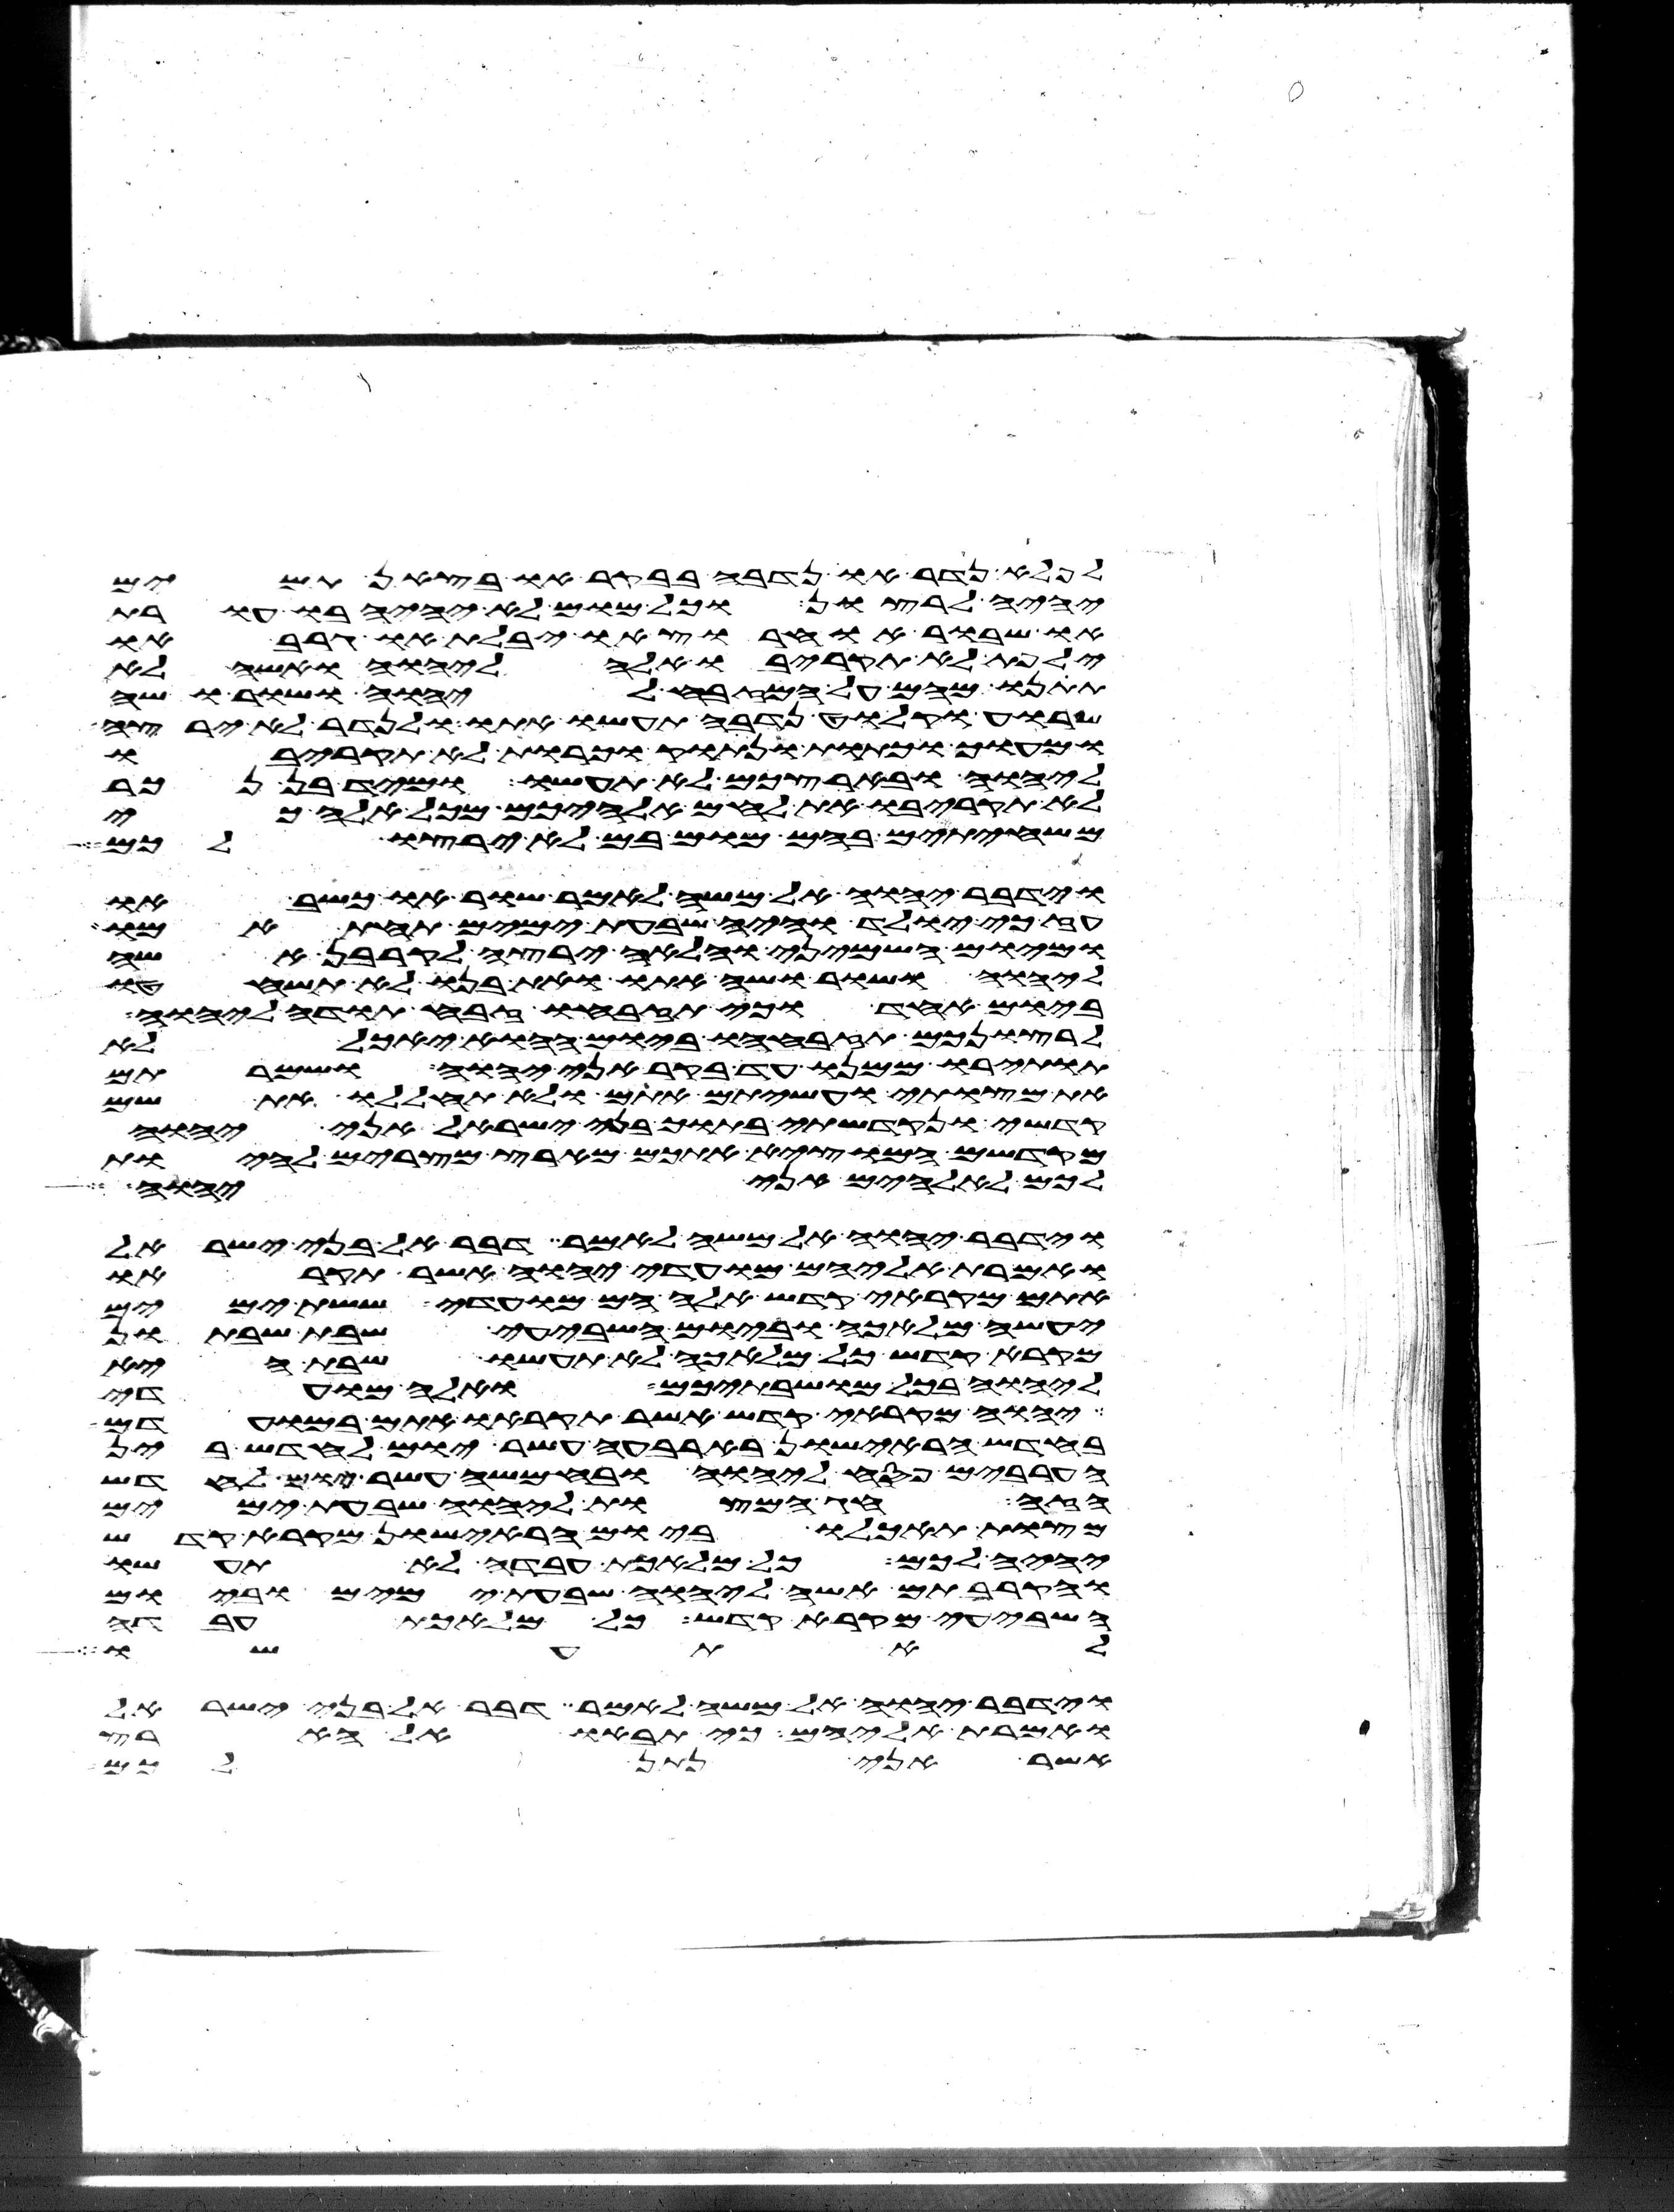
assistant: לפלא נדר או נדבה בבקר או בצאן תמים
יהיה לרצון וכל מום לא יהיה בו עורת
או שבור או חרוץ או יבלת או גרב או
ילפת לא תקריבו אלה ליהוה ואשה לא
תתנו מהם על המזבח ליהוה ושור ושה
שרוע וקלוט נדבה תעשו אתו ולנדר לא ירצה
ומעוך וכתות ונתוק וכרות לא תקריבו
ליהוה ובארצכם לא תעשו ומיד בן נכר
לא תקריבו את לחם אלהיכם מכל אלה כי
משחיתים בהם מום בם לא ירצו לכם
וידבר יהוה אל משה לאמר שור או כשב או
עז כי יולד והיה שבעת ימים תחת אמו
ומיום השמיני והלאה ירצה לקרבן אשה
ליהוה ושור ושה אתו ואת בנו לא תשחטו
ביום אחד וכי תזבחו זבח תודה ליהוה
לרצונכם תזבחהו ביום ההוא יאכל לא
תותירו ממנו עד בקר אני יהוה ושמרתם
את מצותי ועשיתם אתם ולא תחללו את שם
קדשי ונקדשתי בתוך בני ישראל אני יהוה
מקדשם המוצא אתכם מארץ מצרים להיות
לכם לאלהים אני יהוה
וידבר יהוה אל משה לאמר דבר אל בני ישראל
ואמרת אליהם מועדי יהוה אשר תקראו
אתם מקראי קדש אלה הם מועדי ששת ימים
יעשה מלאכה וביום השביעי שבת שבתון
מקרא קדש כל מלאכה לא תעשו שבת היא
ליהוה בכל מושבתיכם ואלה מועדי
יהוה מקראי קדש אשר תקראו אתם במועדם
בחדש הראישון בארבעה עשר יום לחדש בין
הערבים פסח ליהוה ובחמשה עשר יום לחדש
הזה חג המצות ליהוה שבעת ימים
מצות תאכלו ביום הראישון מקרא קדש
יהיה לכם כל מלאכת עבדה לא תעשו
והקרבתם אשה ליהוה שבעת ימים וביום
השביעי מקרא קדש כל מלאכת עבדה
לא תעשו
וידבר יהוה אל משה לאמר דבר אל בני ישראל
ואמרת אליהם כי תבאו אל הארץ
אשר אני נתן לכם